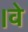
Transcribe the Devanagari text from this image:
।वे